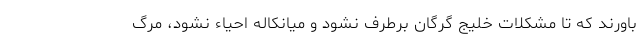
باورند که تا مشکلات خلیج گرگان برطرف نشود و میانکاله احیاء نشود، مرگ